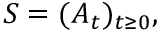
{ \cal S } = ( A _ { t } ) _ { t \ge 0 } ,